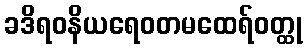
ခဒိရဝနိယရေဝတမထေရ်ဝတ္ထု